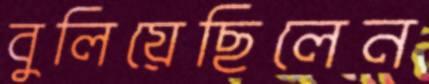
বুলিয়েছিলেন